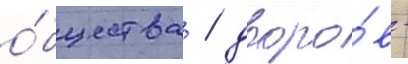
о́бщества / дворо́в -